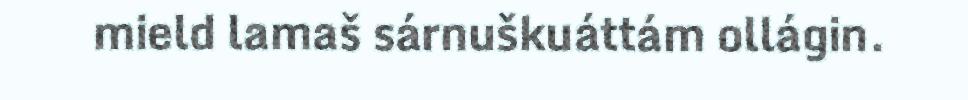
mield lamaš sárnuškuáttám ollágin.